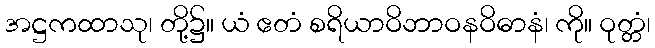
အဋ္ဌကထာသု၊ တို့၌။ ယံ ဧတံ စရိယာဝိဘာဝနဝိဓာနံ၊ ကို။ ဝုတ္တံ၊